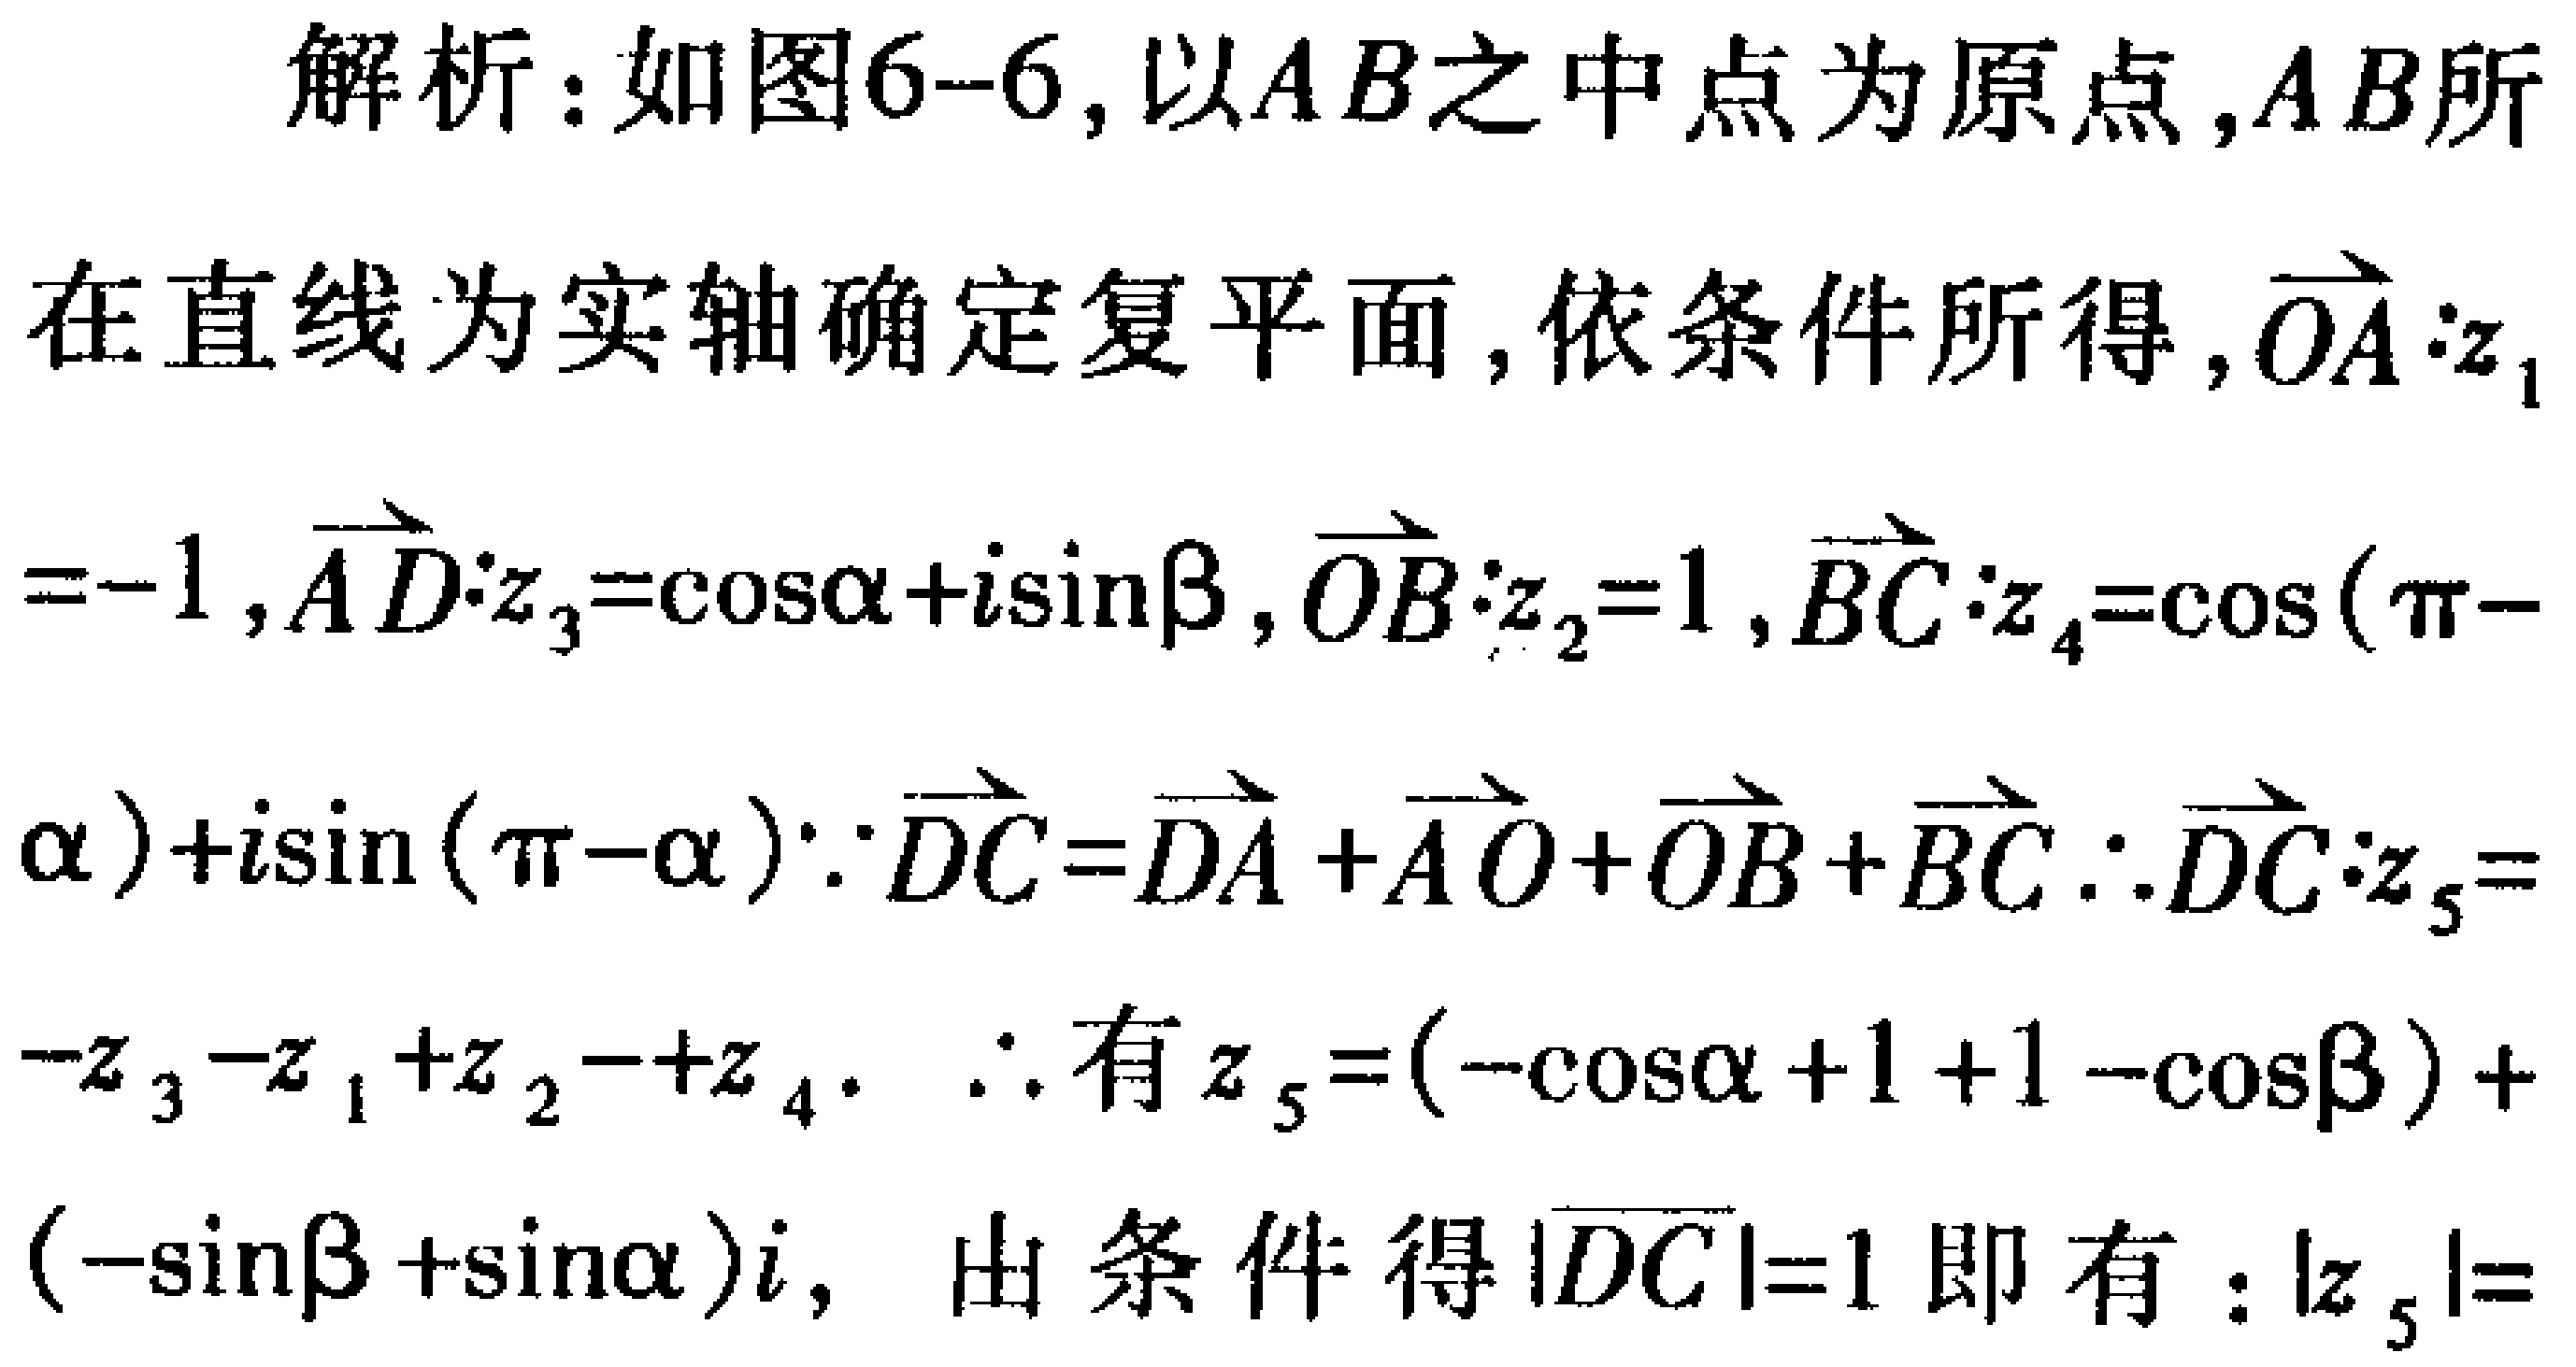
解析：如图6-6,以\(AB\)之中点为原点,\(AB\)所在直线为实轴确定复平面,依条件所得,\(\overrightarrow{OA}:z_{1}=-1\),\(\overrightarrow{AD}:z_{3}=\cos\alpha +i\sin\beta\),\(\overrightarrow{OB}:z_{2}=1\),\(\overrightarrow{BC}:z_{4}=\cos(\pi - \alpha)+i\sin(\pi - \alpha)\) \(\because\overrightarrow{DC}=\overrightarrow{DA}+\overrightarrow{AO}+\overrightarrow{OB}+\overrightarrow{BC}\) \(\therefore\overrightarrow{DC}:z_{5}=-z_{3}-z_{1}+z_{2}+z_{4}\). \(\therefore\)有\(z_{5}=(-\cos\alpha +1 + 1-\cos\beta)+(-\sin\beta+\sin\alpha)i\), 由条件得\(|\overrightarrow{DC}| = 1\)即有:\(|z_{5}|=\)